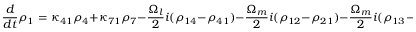
\frac { d } { d t } \rho _ { 1 } = \kappa _ { 4 1 } \rho _ { 4 } + \kappa _ { 7 1 } \rho _ { 7 } - \frac { \Omega _ { l } } { 2 } i ( \rho _ { 1 4 } - \rho _ { 4 1 } ) - \frac { \Omega _ { m } } { 2 } i ( \rho _ { 1 2 } - \rho _ { 2 1 } ) - \frac { \Omega _ { m } } { 2 } i ( \rho _ { 1 3 } - \rho _ { 3 1 } )